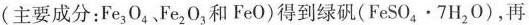
(主要成分：Fe_{3}O_{4}、Fe_{2}O_{3}和FeO)得到绿矾(FeSO_{4}·7H_{2}O)，再